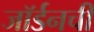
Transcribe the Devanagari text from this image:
जॉर्डनची